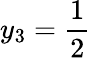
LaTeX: y_{3}=\frac{1}{2}